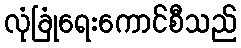
လုံခြုံရေးကောင်စီသည်